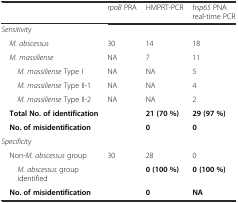
|  | rpoB PRA | HMPRT-PCR | hsp65 PNA real-time PCR |
 | --- | --- | --- | --- |
 | Sensitivity |  |  |  |
 | M. abscessus | 30 | 14 | 18 |
 | M. massiliense | NA | 7 | 11 |
 | M. massiliense Type I | NA | NA | 5 |
 | M. massiliense Type II-1 | NA | NA | 4 |
 | M. massiliense Type II-2 | NA | NA | 2 |
 | Total No. of identification |  | 21 (70 %) | 29 (97 %) |
 | No. of misidentification |  | 0 | 0 |
 | Specificity |  |  |  |
 | Non-M. abscessus group | 30 | 28 | 0 |
 | M. abscessus group identified |  | 0 (100 %) | 0 (100 %) |
 | No. of misidentification |  | 0 | NA |